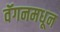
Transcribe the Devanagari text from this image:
वॅगनमधून